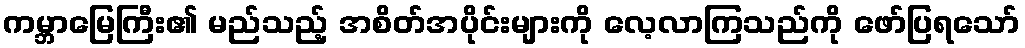
ကမ္ဘာမြေကြီး၏ မည်သည့် အစိတ်အပိုင်းများကို လေ့လာကြသည်ကို ဖော်ပြရသော်